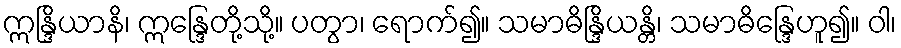
ဣန္ဒြိယာနိ၊ ဣန္ဒြေတို့သို့။ ပတွာ၊ ရောက်၍။ သမာဓိန္ဒြိယန္တိ၊ သမာဓိန္ဒြေဟူ၍။ ဝါ၊